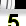
Digit: 5